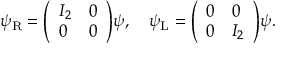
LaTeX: \psi _ { \mathrm { { R } } } = { \left( \begin{array} { l l } { I _ { 2 } } & { 0 } \\ { 0 } & { 0 } \end{array} \right) } \psi , \quad \psi _ { \mathrm { { L } } } = { \left( \begin{array} { l l } { 0 } & { 0 } \\ { 0 } & { I _ { 2 } } \end{array} \right) } \psi .